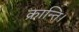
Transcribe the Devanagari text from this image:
क्रान्ति।